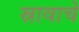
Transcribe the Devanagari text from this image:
स्रावाचे